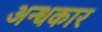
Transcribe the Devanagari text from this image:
अन्‍धकार